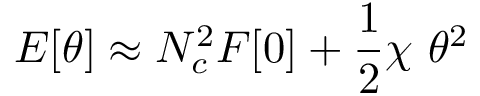
E [ \theta ] \approx N _ { c } ^ { 2 } F [ 0 ] + { \frac { 1 } { 2 } } \chi \ \theta ^ { 2 }